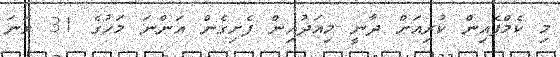
މި ކެމްޕެއިން ކުރިއަށް ދާނީ މިއަދުއިން ފެށިގެން އަންނަ މަހުގެ 31 ވަނަ